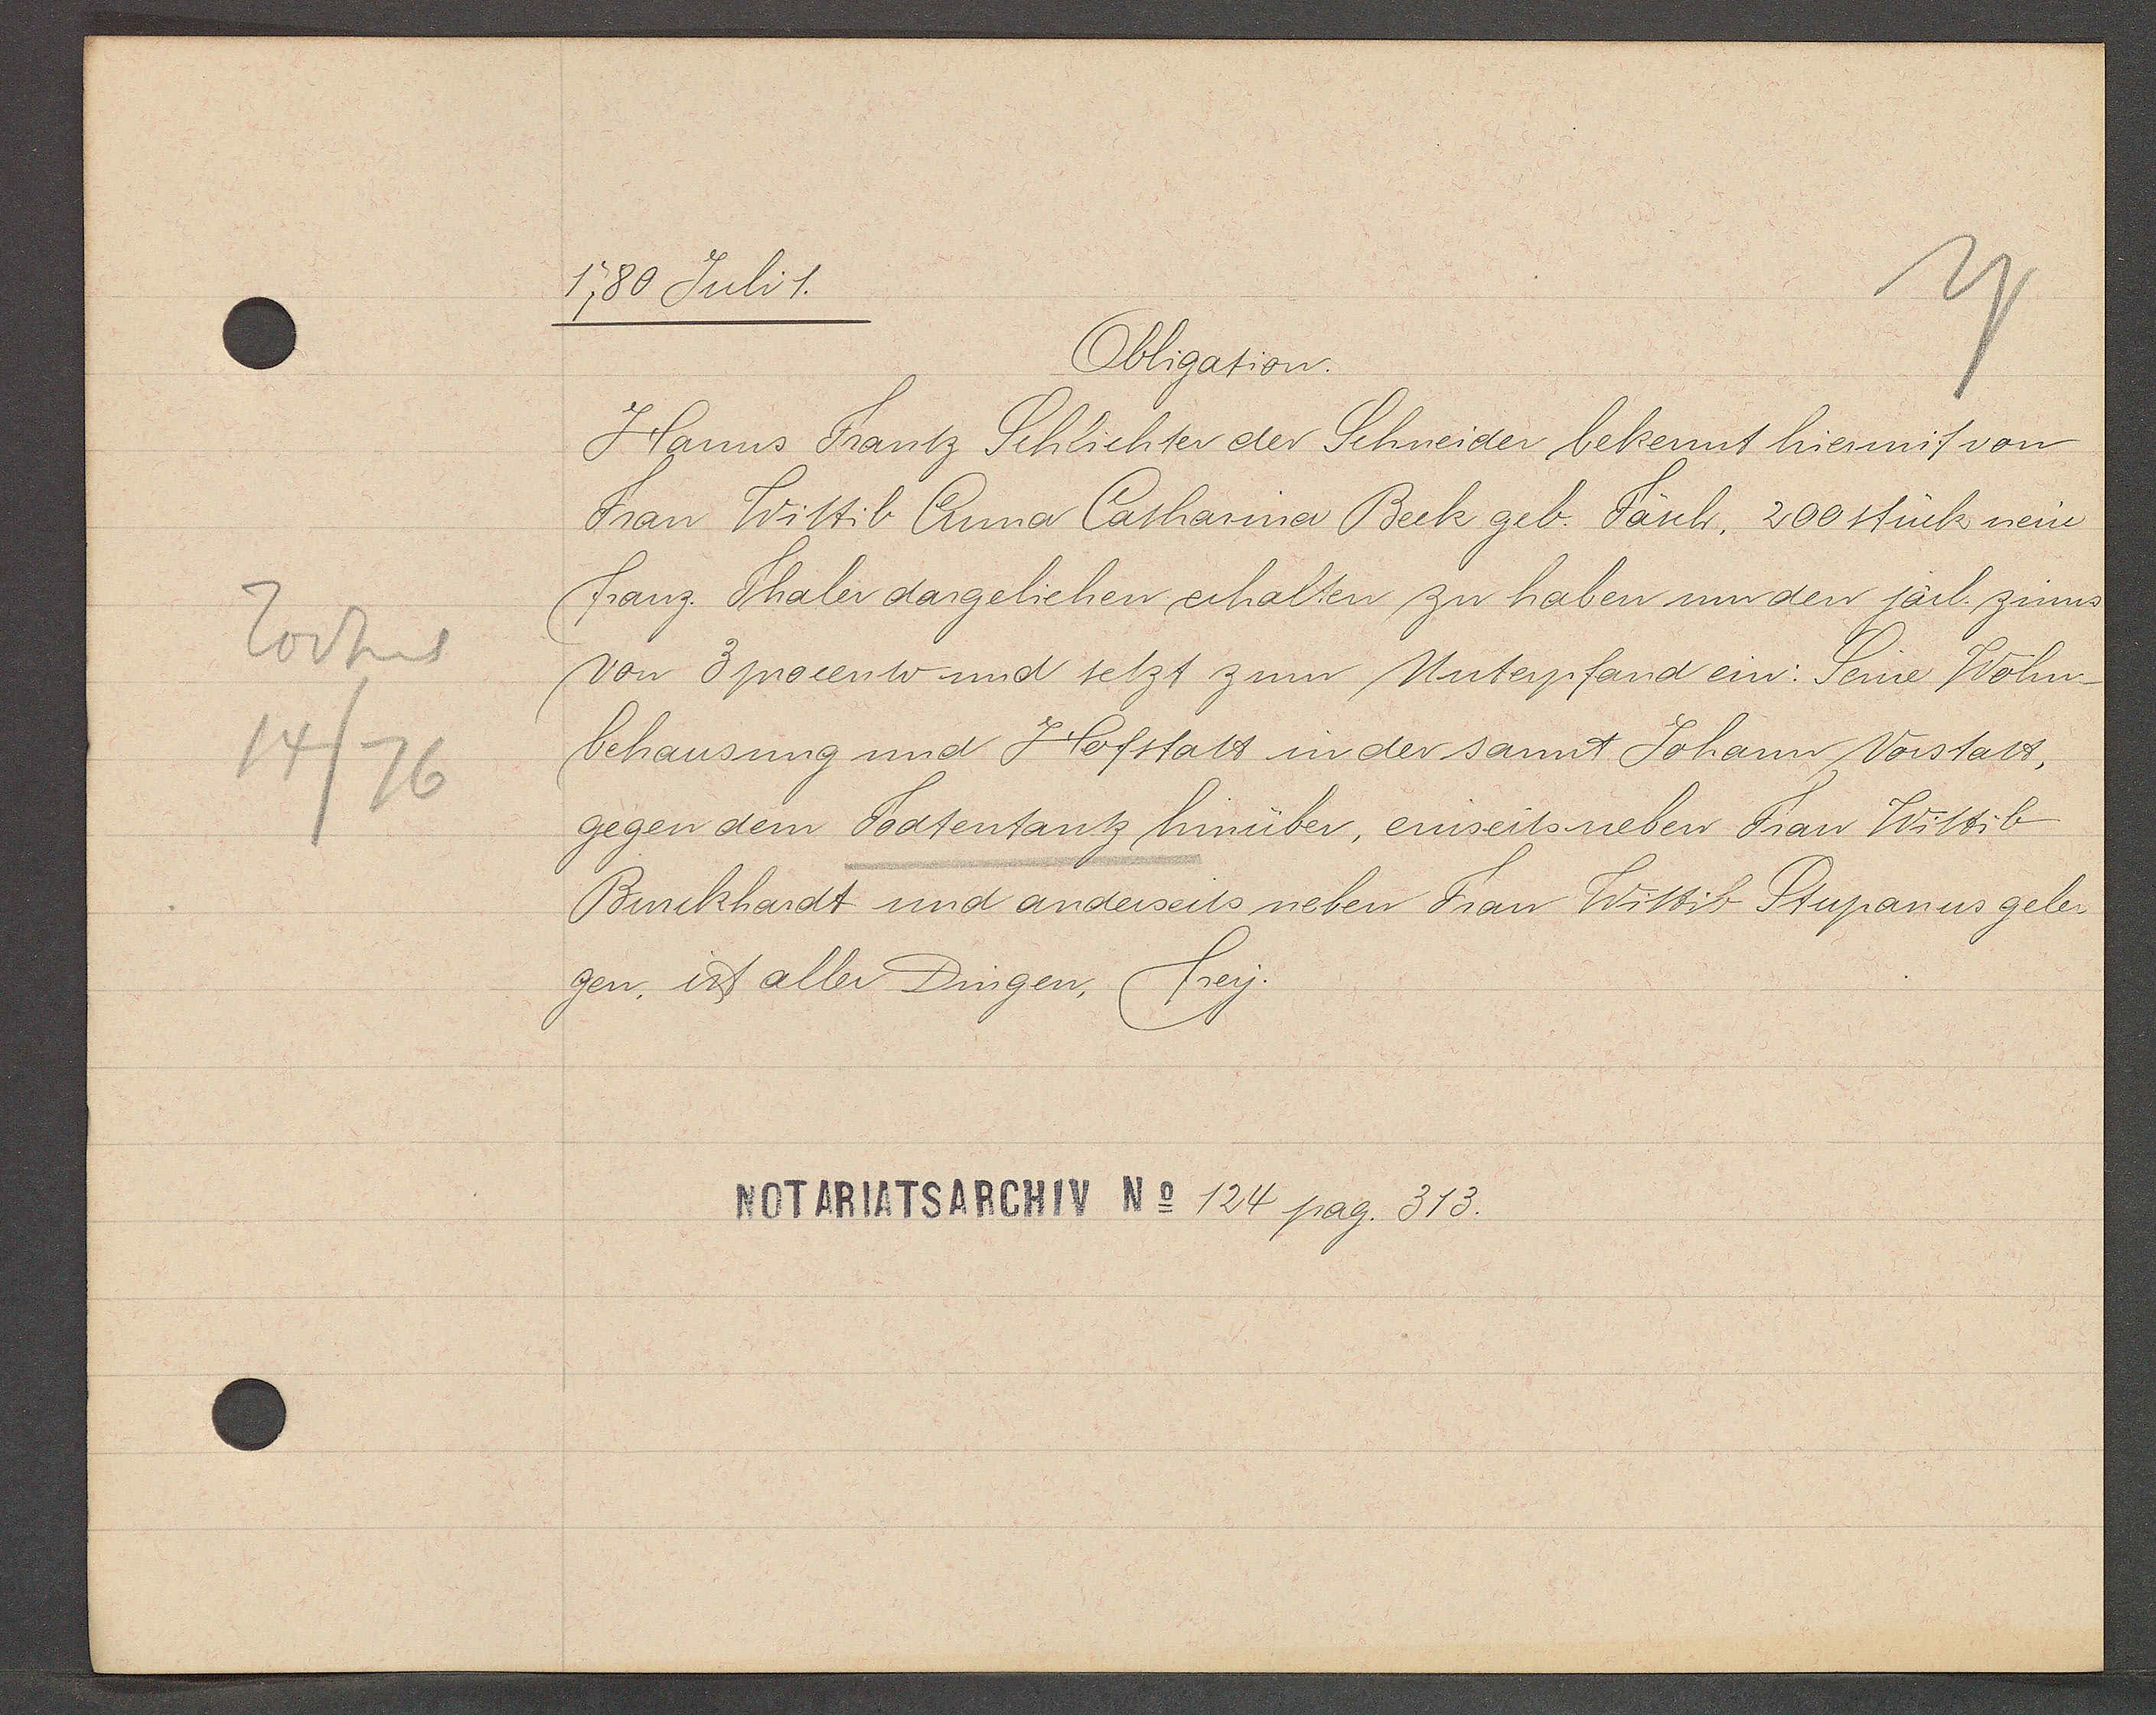
Transcript:
Todtent
14/76

1780 Juli 1.

Obligation.
Hanns Frantz Schlichter der Schneider bekennt hiermit von
Frau Wittib Anna Catharina Beck geb. Fäsch, 200 stück neue
franz. Thaler dargeliehen erhalten zu haben um den järl. zinns
von 3 procento und setzt zum Unterpfand ein: Seine Wohn-
behausung und Hofstatt in der sannt Johann Vorstatt,
gegen dem Todtentantz hinüber, einseits neben Frau Wittib
Burckhardt und anderseits neben Frau Wittib Stupanus gele¬
gen, ist aller Dingen, frey.

NOTARIATSARCHIV No 124 pag. 313.